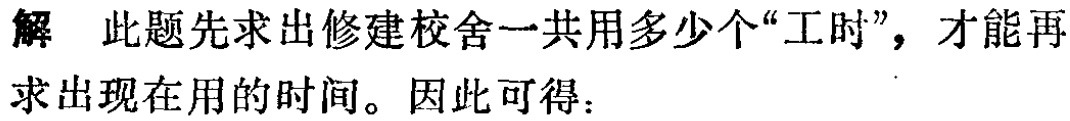
解 此题先求出修建校舍一共用多少个“工时”，才能再求出现在用的时间。因此可得：